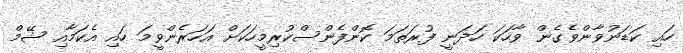
ހައި ކަޑަނުވާންވެގެން ވާހަަކަ ހަދަނީ ފުރަަތަމަ ކޮންފެންސްކުރިމީހަކަށް އަހަރެންވީމަ ހައި އެކަމާއި ޝޭމް